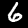
Digit: 6